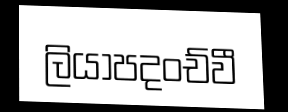
ලියාපදංච්වී